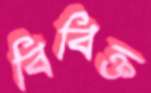
বিবিক্ত